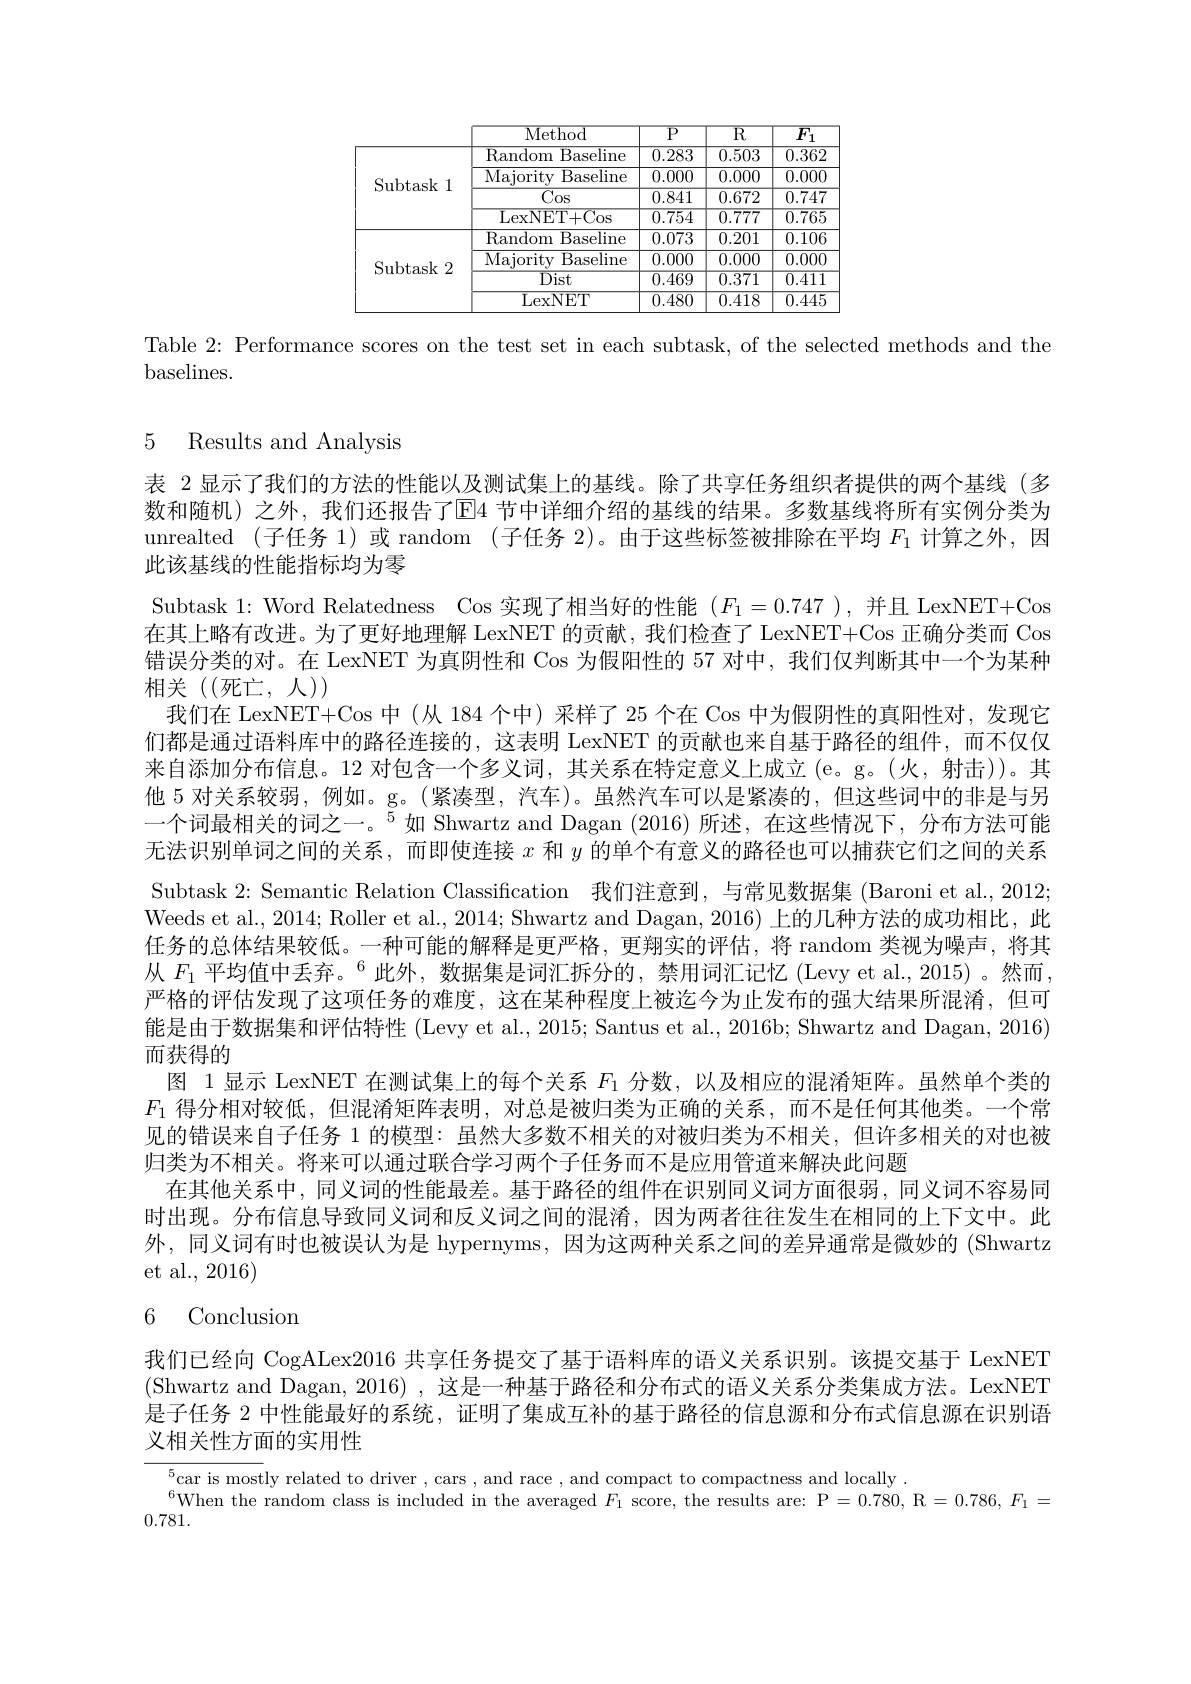
<table>
	<tbody>
		<tr>
			<th> </th>
			<th>$\overline{\mathrm{Method}}$</th>
			<th>$\overline{{\mathrm{P}}}$</th>
			<th>$\overline{\mathrm{R}}$</th>
			<th>$\overline{F_1}$</th>
		</tr>
		<tr>
			<td rowspan="4">$\operatorname{Subtask}$ 1</td>
			<td>Random Baseline</td>
			<td>$\overline{0.283}$</td>
			<td>$\overline{0.503}$</td>
			<td>$\overline{0.36^{c}}$</td>
		</tr>
		<tr>
			<td>Majority Baseline</td>
			<td>0.000</td>
			<td>0.000</td>
			<td>0.000(</td>
		</tr>
		<tr>
			<td>$\overline{\mathrm{Cos}}$</td>
			<td>0.841</td>
			<td>0.672</td>
			<td>0.747</td>
		</tr>
		<tr>
			<td>LexNET+ Cos</td>
			<td>$\overline{0.754}$</td>
			<td>$\overline{0.777}$</td>
			<td>$\overline{0.765}$</td>
		</tr>
		<tr>
			<td rowspan="4">$\operatorname{Subtask}2$</td>
			<td>Random Baseline</td>
			<td>0.073</td>
			<td>0.201</td>
			<td>$\overline{0.10\epsilon}$</td>
		</tr>
		<tr>
			<td>Majority Baseline</td>
			<td>0.000</td>
			<td>0.000</td>
			<td>0.000(</td>
		</tr>
		<tr>
			<td>$\overline{\mathrm{Dist}}$</td>
			<td>$\overline{0.469}$</td>
			<td>$\overline{0.371}$</td>
			<td>$\overline{0.411}$</td>
		</tr>
		<tr>
			<td>LexNET</td>
			<td>$\overline{0.480}$</td>
			<td>$\overline{0.418}$</td>
			<td>$\overline{0.445}$</td>
		</tr>
	</tbody>
</table>

Table 2{:} Performance scores on the test set in each subtask, of the selected methods and the
baselines.

5 Results and Analysis

表 2 显示了我们的方法的性能以及测试集上的基线。除了共享任务组织者提供的两个基线(多数和随机)之外，我们还报告了$\overline{\mathrm{E}}$4 节中详细介绍的基线的结果。多数基线将所有实例分类为unrealted (子任务 1)或 random (子任务 2)。由于这些标签被排除在平均$F_{1}$计算之外，因此该基线的性能指标均为零
Subtask 1: Word Relatedness Cos 实现了相当好的性能($F_1=0.747$ ),并且 LexNET+Cos 在其上略有改进。为了更好地理解 LexNET 的贡献，我们检查了 LexNET+Cos 正确分类而 Cos 错误分类的对。在 LexNET 为真阴性和 Cos 为假阳性的 57 对中，我们仅判断其中一个为某种相关((死亡，人))
我们在 LexNET+Cos 中 (从 184 个中) 采样了 25 个在 Cos 中为假阴性的真阳性对，发现它们都是通过语料库中的路径连接的，这表明 LexNET 的贡献也来自基于路径的组件，而不仅仅来自添加分布信息。12 对包含一个多义词，其关系在特定意义上成立 (e。g。(火，射击))。其他 5 对关系较弱，例如。g。(紧凑型，汽车)。虽然汽车可以是紧凑的，但这些词中的非是与另一个词最相关的词之一。$^{5}$如 Shwartz and Dagan (2016)所述，在这些情况下，分布方法可能无法识别单词之间的关系，而即使连接$x$和$y$的单个有意义的路径也可以捕获它们之间的关系Subtask 2: Semantic Relation Classification 我们注意到，与常见数据集 (Baroni et al., 2012; Weeds et al., 2014; Roller et al., 2014; Shwartz and Dagan, 2016) 上的几种方法的成功相比，此任务的总体结果较低。一种可能的解释是更严格，更翔实的评估，将 random 类视为噪声，将其从$F_1\text{ 平均值中丢弃。}^{6}$此外，数据集是词汇拆分的，禁用词汇记忆 (Levy et al.,2015)。然而严格的评估发现了这项任务的难度，这在某种程度上被迄今为止发布的强大结果所混淆，但可能是由于数据集和评估特性 (Levy et al., 2015; Santus et al., 2016b; Shwartz and Dagan, 2016) 而获得的
图 1 显示 LexNET 在测试集上的每个关系$F_{1}$分数，以及相应的混淆矩阵。虽然单个类的$F_1$得分相对较低，但混淆矩阵表明，对总是被归类为正确的关系，而不是任何其他类。一个常见的错误来自子任务 1 的模型：虽然大多数不相关的对被归类为不相关，但许多相关的对也被归类为不相关。将来可以通过联合学习两个子任务而不是应用管道来解决此问题
在其他关系中，同义词的性能最差。基于路径的组件在识别同义词方面很弱，同义词不容易同时出现。分布信息导致同义词和反义词之间的混淆，因为两者往往发生在相同的上下文中。此外，同义词有时也被误认为是 hypernyms,因为这两种关系之间的差异通常是微妙的 (Shwartz et al., 2016)
6 Conclusion

我们已经向 CogALex2016 共享任务提交了基于语料库的语义关系识别。该提交基于 LexNET (Shwartz and Dagan, 2016) ,这是一种基于路径和分布式的语义关系分类集成方法。LexNET 是子任务 2 中性能最好的系统，证明了集成互补的基于路径的信息源和分布式信息源在识别语

义相关性方面的实用性

$_{\mathrm{c}}^{5}$car is mostly related to driver , cars , and race , and compact to compactness and locally
$^{6}$When the random class is included in the averaged $F_1$ score, the results are: P=0.780, R$=0.786,F_1=$
0.781.